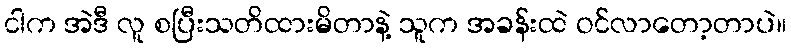
ငါက အဲဒီ လူ စပြီးသတိထားမိတာနဲ့ သူက အခန်းထဲ ဝင်လာတော့တာပဲ။